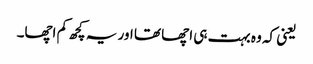
یعنی کہ وہ بہت ہی اچھا تھا اور یہ کچھ کم اچھا۔